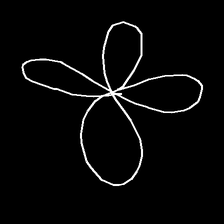
Glyph: billowing